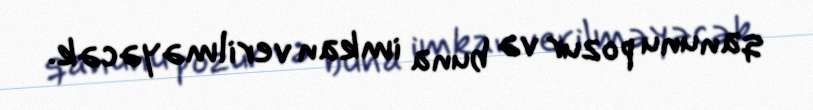
qanunu pozur və buna imkan verilməyəcək.